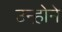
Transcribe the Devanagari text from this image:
उन्ह़ोने